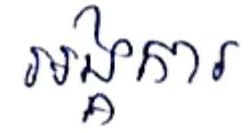
អង្គការ